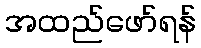
အထည်ဖော်ရန်